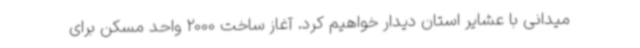
میدانی با عشایر استان دیدار خواهیم کرد. آغاز ساخت 2000 واحد مسکن برای